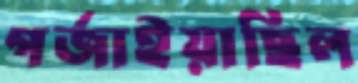
গর্জাইয়াছিল